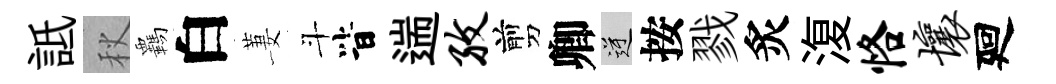
詆秋覊白萋斗𣅜遄孜剪卿逆按戮炙𣸪恪壤廻